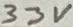
Text: 33V